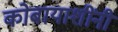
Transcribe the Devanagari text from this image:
कोबायाशींनी